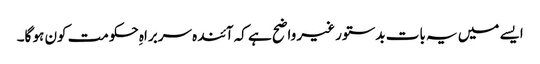
ایسے میں یہ بات بدستور غیر واضح ہے کہ آئندہ سربراہِ حکومت کون ہو گا۔